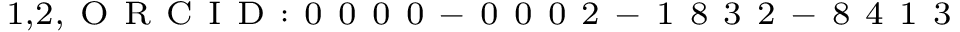
^ { 1 , 2 , \mathrm { ~ O ~ R ~ C ~ I ~ D ~ : ~ 0 ~ 0 ~ 0 ~ 0 ~ - ~ 0 ~ 0 ~ 0 ~ 2 ~ - ~ 1 ~ 8 ~ 3 ~ 2 ~ - ~ 8 ~ 4 ~ 1 ~ 3 ~ } }